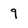
Character: 9